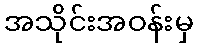
အသိုင်းအဝန်းမှ